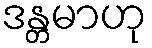
ဒန္တမာဟု